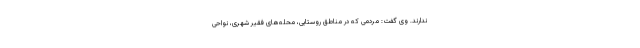
ندارند. وی گفت: مردمی که در مناطق روستایی، محله‌های فقیر شهری، نواحی